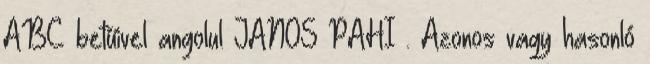
ABC betűivel angolul JANOS PAHI . Azonos vagy hasonló